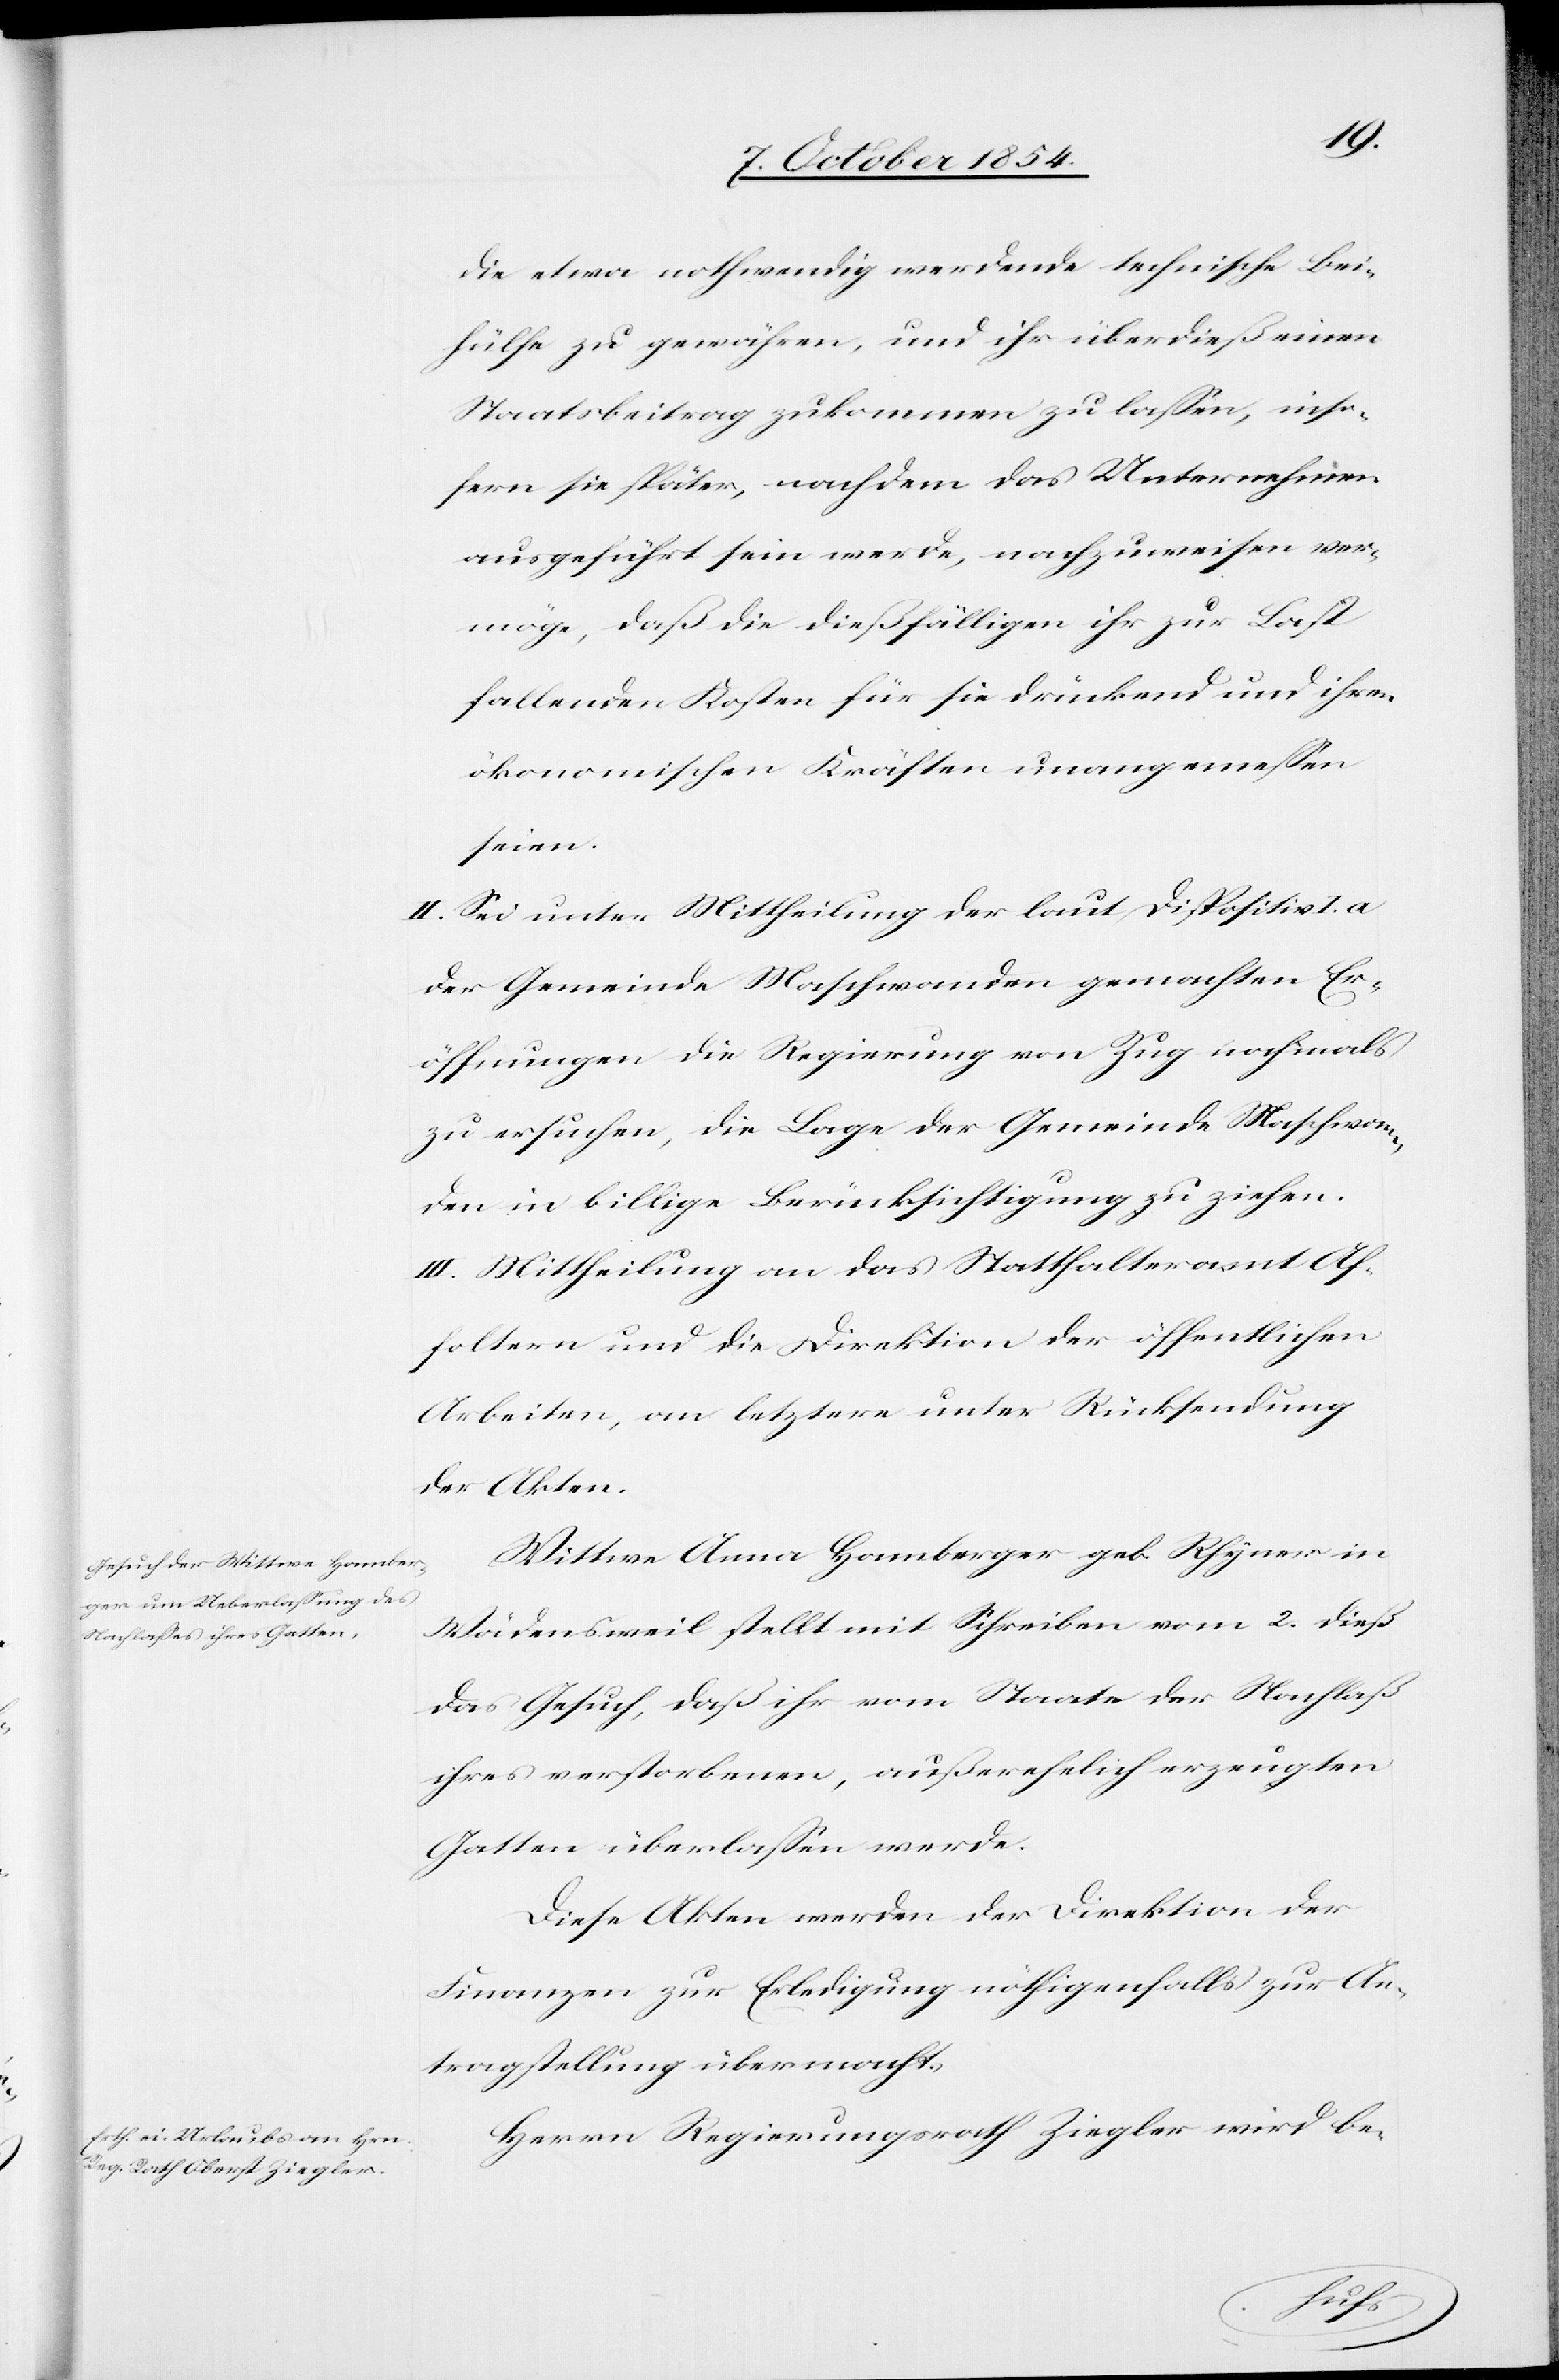
die etwa nothwendig werdende technische Bei¬
hülfe zu gewähren, und ihr überdieß einen
Staatsbeitrag zukommen zu laßen, inso¬
fern sie später, nachdem das Unternehmen
ausgeführt sein werde, nachzuweisen ver¬
möge, daß die dießfälligen ihr zur Last
fallenden Kosten für sie drückend und ihren
ökonomischen Kräften unangemeßen
seien.
II. Sei unter Mittheilung der laut Dispositiv I. a
der Gemeinde Maschwanden gemachten Er¬
öffnungen die Regierung von Zug nochmals
zu ersuchen, die Lage der Gemeinde Maschwan¬
den in billige Berücksichtigung zu ziehen.
III. Mittheilung an das Statthalteramt Af¬
foltern und die Direktion der öffentlichen
Arbeiten, an letztere unter Rücksendung
der Akten.
Wittwe Anna Honnberger geb. Rhyner in
Wädensweil stellt mit Schreiben vom 2. dieß
das Gesuch, daß ihr vom Staate der Nachlaß
ihres verstorbenen, außerehelich erzeugten
Gatten überlaßen werde.
Diese Akten werden der Direktion der
Finanzen zur Erledigung nöthigenfalls zur An¬
tragstellung übermacht.
Herrn Regierungsrath Ziegler wird be-